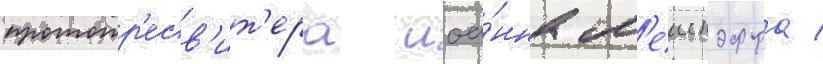
протопр'есв'ит'ера иоа́нна м'еиендорфа /